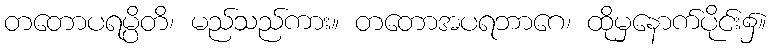
တတောပရမ္ပိတိ၊ မည်သည်ကား။ တတောအပရဘာဂေ၊ ထိုမှနောက်ပိုင်း၌။